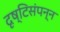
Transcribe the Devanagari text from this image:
दृष्टिसंपन्न